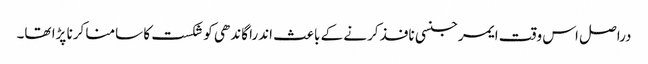
دراصل اس وقت ایمرجنسی نافذ کرنے کے باعث اندرا گاندھی کو شکست کا سامنا کرنا پڑا تھا۔